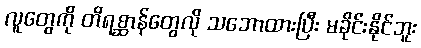
လူတွေကို တိရစ္ဆာန်တွေလို သဘောထားပြီး မခိုင်းနိုင်ဘူး